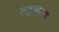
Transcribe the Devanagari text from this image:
सहनान